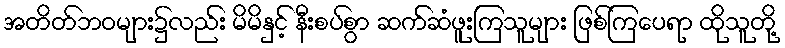
အတိတ်ဘဝများ၌လည်း မိမိနှင့် နီးစပ်စွာ ဆက်ဆံဖူးကြသူများ ဖြစ်ကြပေရာ ထိုသူတို့